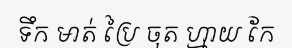
ទឹក មាត់ ប្រៃ ចុត ហ្មាយ កែ